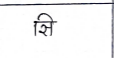
मजकूर: सि